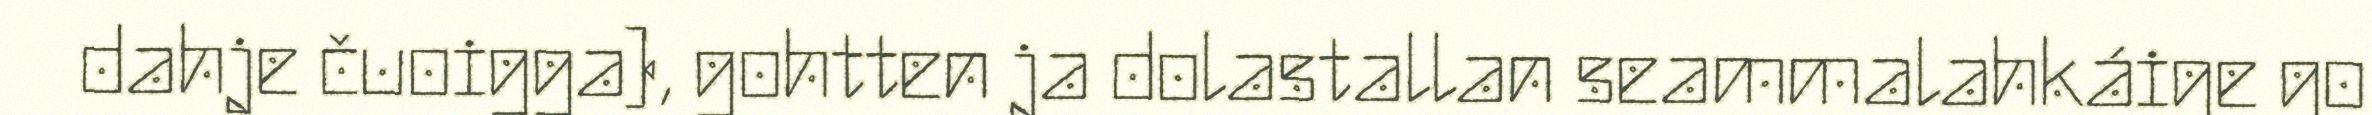
dahje čuoigga), gohtten ja dolastallan seammalahkáige go